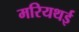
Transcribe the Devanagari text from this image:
मरियथई